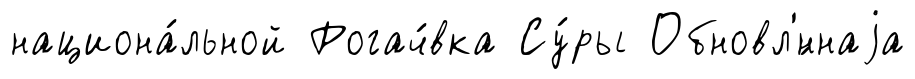
национа́льной Рогач́вка Су́ры Обновл'́ннаjа